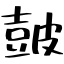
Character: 皷